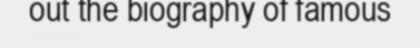
out the biography of famous